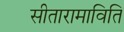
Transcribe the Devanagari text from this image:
सीतारामाविति